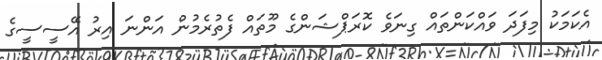
އެކަމަކު މިފަދަ ވައްކަންތައް ގިނަވެ ކޮރަޕްޝަންގެ މޫތައް ފެތުރެމުން އަންނަ އިރު އޭސީސީގެ